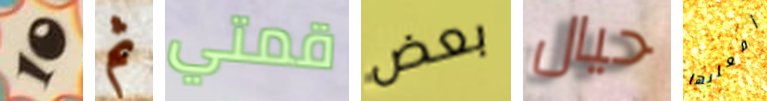
10 ثم قمتي بعض حيال أفعليها